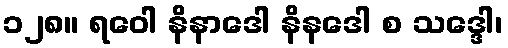
၁၂၈။ ရဝေါ နိနာဒေါ နိနဒေါ စ သဒ္ဒေါ၊